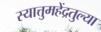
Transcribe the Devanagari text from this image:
स्यात्तुमहेंद्रतुल्या